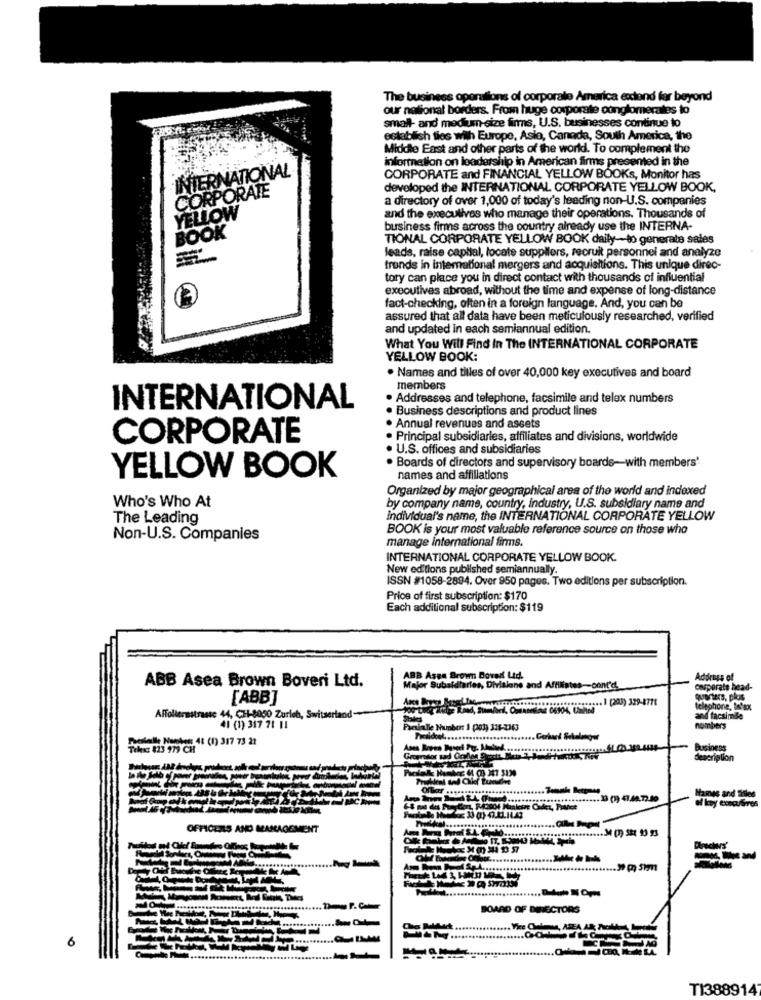
The business operations of corporate America econd far beyond
our national borders. From huge corporate conglomerales to
small- and medium-size firms, U.S. businesses continue to
establish ties with Europe, Asia, Canada, South America, the
Middle East and other parts of the world. To complement the
information on leadership in American firms presented in the
INTERNATIONAL
CORPORATE and FINANCIAL YELLOW BOOKS, Monitor has
CORPORATE
developed the INTERNATIONAL CORPORATE YELLOW BOOK,
a directory of over 1,000 of today's leading non-U.S. companies
YELLOW
and the executives who manage their operations. Thousands of
business firms across the country already use the INTERNA-
BOOK
TIONAL CORPORATE YELLOW BOOK daily -- to generate sales
leads, raise capital, locate suppliers, recruit personnel and analyze
trends in international mergers and acquisitions. This unique direc-
tory can place you in direct contact with thousands of influential
executives abroad, without the time and expense of long-distance
fact-checking, often in a foreign language. And, you can be
assured that all data have been meticulously researched, verified
and updated in each semiannual edition.
What You Will Find In The INTERNATIONAL CORPORATE
YELLOW BOOK:
· Names and tilles of over 40,000 key executives and board
members
· Addresses and telephone, facsimile and telex numbers
INTERNATIONAL
· Business descriptions and product lines
. Annual revenues and assets
CORPORATE
Principal subsidiaries, affiliates and divisions, worldwide
U.S. offices and subsidiaries
Boards of directors and supervisory boards-with members'
YELLOW BOOK
names and affiliations
Organized by major geographical area of the world and indexed
Who's Who At
by company name, country, industry, U.S. subsidiary name and
The Leading
individual's name, the INTERNATIONAL CORPORATE YELLOW
BOOK is your most valuable reference source on those who
Non-U.S. Companies
manage international firms.
INTERNATIONAL CORPORATE YELLOW BOOK.
New editions published semiannually.
ISSN #1058-2884. Over 950 pages. Two editions per subscription.
Price of first subscription: $170
Each additional subscription: $119
ABB Asea Brown Boveri Ltd.
ABB Assa Brown Boveri Ltd.
Address of
Major Subaldiaries, Divisione and Affiliates -- cont'd.
corporate head-
[ABB]
........ ] (203) 329-8771
telephone, In'sx
Affollermsstrasse 44, CH-8050 Zurich, Switzerland
and facsimile
41 (1) 317 71 11
etialle Numbers 1 poly 314-2363
numbers
Postele Neein 41 (1) 317 73 21
Business
description
Offar ..........
... ] (3) 41.44.72.Jo
Names and filles
OFFICERS AND MANAGEMENT
--
.........
BOARD OF DIRECTORS
6
TI388914